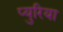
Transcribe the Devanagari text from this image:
प्युरिया